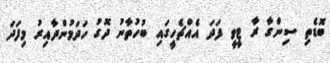
ބޮޑެތި ސިންގާ ރާ ޓީވީ ފަދަ އެއްޗެހީގައި ބުހުތާނު ދޮގު ހަދަމުންދާއިރު މިފަދަ